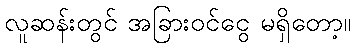
လူဆန်းတွင် အခြားဝင်ငွေ မရှိတော့။